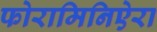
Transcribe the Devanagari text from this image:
फोरामिनिऐरा